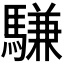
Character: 𫘕